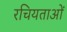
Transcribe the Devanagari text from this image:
रचियताओं